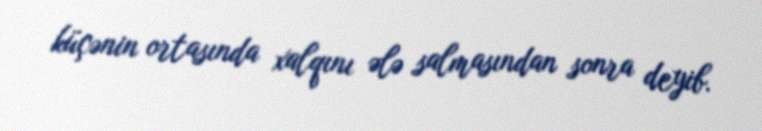
küçənin ortasında xalqını ələ salmasından sonra deyib.